Medical and sanitary report of the native army of Bengal for the year
Year: 1875
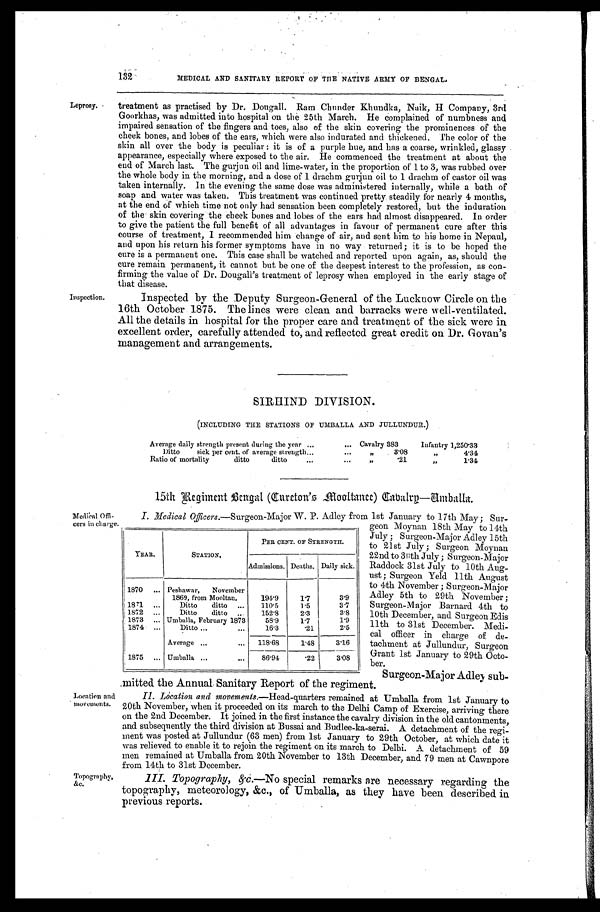
132
Leprosy.
Inspection.
MEDICAL AND SANITARY REPORT OF THE NATIVE ARMY OF BENGAL.
treatment as practised by Dr. Dougall. Ram Chunder Khundka, Naik, H Company, 3rd
Goorkhas, was admitted into hospital on the 25th March. He complained of numbness and
impaired sensation of the fingers and toes, also of the skin covering the prominences of the
cheek bones, and lobes of the ears, which were also indurated and thickened. The color of the
skin all over the body is peculiar : it is of a purple hue, and has a coarse, wrinkled, glassy
appearance, especially where exposed to the air. He commenced the treatment at about the
end of March last. The gurjun oil and lime-water, in the proportion of 1 to 3, was rubbed over
the whole body in the morning, and a dose of 1 drachm gurjun oil to 1 drachm of castor oil was
taken internally. In the evening the same dose was administered internally, while a bath of
soap and water was taken. This treatment was continued pretty steadily for nearly 4 months,
at the end of which time not only had sensation been completely restored, but the induration
of the skin covering the cheek bones and lobes of the ears had almost disappeared. In order
to give the patient the full benefit of' all advantages in favour of permanent cure after this
course of treatment, I recommended him change of air, and sent him to his home in Nepaul,
and upon his return his former symptoms have in no way returned ; it is to be hoped the
cure is a permanent one. This case shall be watched and reported upon again, as, should the
cure remain permanent, it cannot but be one of the deepest interest to the profession, as con
-firming the value of Dr. Dougall's treatment of leprosy when employed in the early stage of
that disease.
Inspected by the Deputy Surgeon-General of the Lucknow Circle on the
16th October 1875. The lines were clean and barracks were well-ventilated.
All the details in hospital for the proper care and treatment of the sick were in
excellent order, carefully attended to, and reflected great credit on Dr. Govan's
management and arrangements.
SIRHIND DIVISION.
(INCLUDING THE STATIONS OF UMBALLA AND JULLUNDUR.)
Average daily strength present during the year . . .
Cavalry 383 Infantry 1,250.33
Ditto sick per cent. of average strength . . . " 3.08 "
4.34
Ratio of mortality ditto ditto . . .
.
2 1 "
1.34
15th Regiment Bengal (Cureton's Mooltance) Cabalrg—Amballa.
Medical Offi
-cers in charge.
Location and
movements.
Topography,
&c.
I. Medical Officers.—Surgeon -Major W. P. Adley from 1st January to 17th May; Sur
-
geon Moynan 18th May to 14th
July ; Surgeon-Major Adley 15th
to 21st July ; Surgeon Moynan
22nd to 30th July ; Surgeon-Major
Raddock 31st July to 10th Aug
- u s t ; S u r g e o n Y e l d 1 1 t h A u g u s t
to 4th November ; Surgeon-Major
Adley 5th to 29th November;
Surgeon-Major Barnard 4th to
10th December, and Surgeon Edis
11th to 31st December. Medi
-cal officer in charge of de
-tachment at Jullundur, Surgeon
Grant 1st January to 29th Octo-
-ber.
Surgeon-Major Adley sub
-mitted the Annual Sanitary Report of the regiment.
II. Location and movements.—Head-quarters remained at Umballa from 1st January to
20th November, when it proceeded on its march to the Delhi Camp of Exercise, arriving there
On the 2nd December. It joined in the first instance the cavalry division in the old cantonments,
and subsequently the third division at Bussai and Budlee-ka-serai. A detachment of the regi-
ment was posted at Jullundur (63 men) from 1st January to 29th October, at which date it
was relieved to enable it to rejoin the regiment on its march to Delhi. A detachment of 59
men remained at Umballa from 20th November to 13th December, and 79 men at Cawnpore
from 14th to 31st December.
III. Topography, &c.— No special remarks are necessary regarding the
topography, meteorology, &c., of Umballa, as they have been described in
previous reports.
YEAR.
STATION.
PER CENT. OF STRENGTH.
Admissions. Deaths. Daily sick.
1870
. . . Peshawar, November
1869, from Mooltau.
194.9
1.7
3.9
1871
. . .
Ditto ditto
. . .
110.5
1.5
3.7
1872
. . .
Ditto ditto . . .
152.8
2.3
3.8
1873
. . . Umballa, February 1873
58.9
1.7
1.9
1874. . .
Ditto . . .
16.3
.21
2.5
Average
. . .
118.68
1.48
3.16
1875 . . . Umballa . . .
86.94
.22
3.08